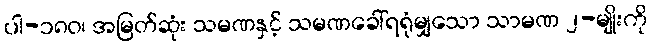
ပါ-၁၈၀၊ အမြတ်ဆုံး သမဏနှင့် သမဏခေါ်ရရုံမျှသော သာမဏ ၂-မျိုးကို